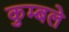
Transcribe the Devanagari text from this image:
कुम्बले